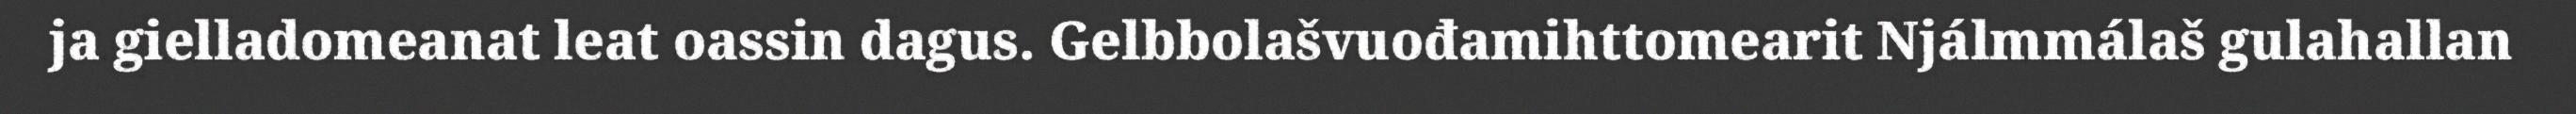
ja gielladomeanat leat oassin dagus. Gelbbolašvuođamihttomearit Njálmmálaš gulahallan